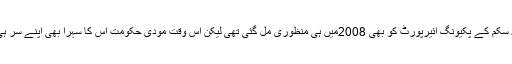
غور طلب ہے کہ سکم کے پکیونگ ائیرپورٹ کو بھی 2008میں ہی منظوری مل گئی تھی لیکن اس وقت مودی حکومت اس کا سہرا بھی اپنے سر ہی باندھ رہی ہے !